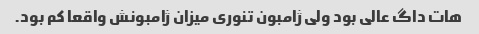
هات داگ عالی بود ولی ژامبون تنوری میزان ژامبونش واقعا کم بود.